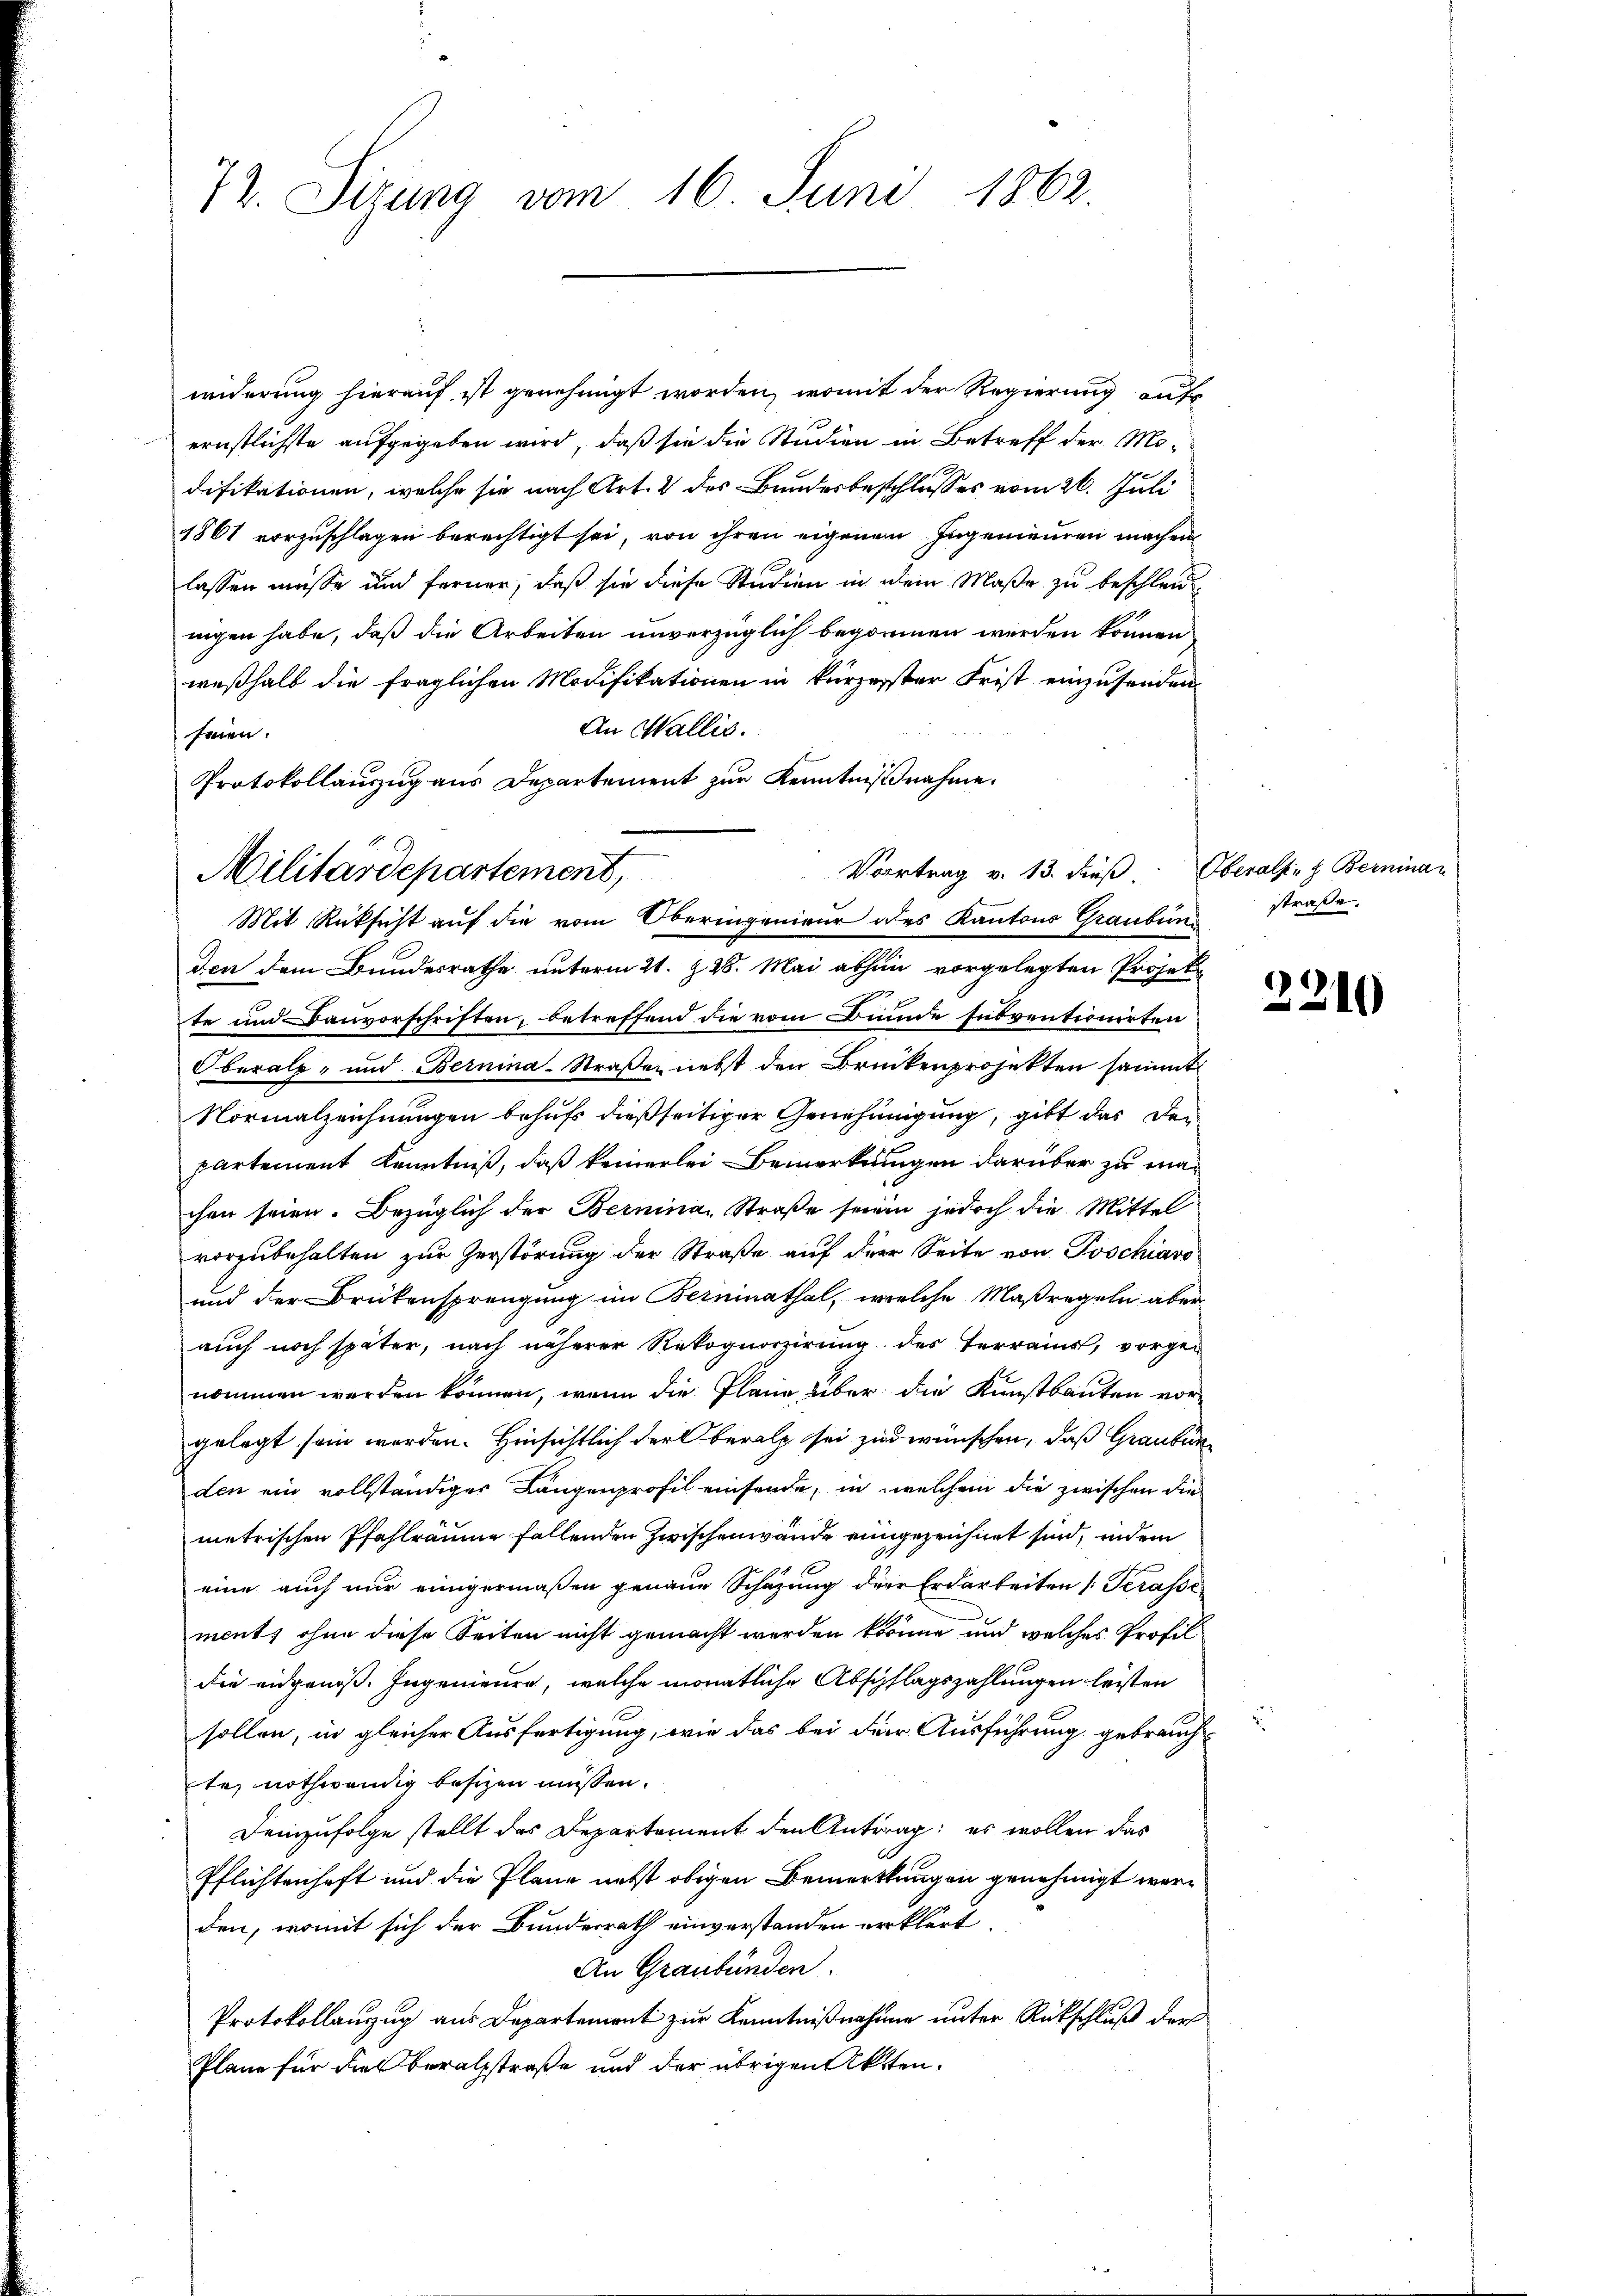
72. Sizung vom 16. Juni 1862.

widerung hierauf ist genehmigt worden, womit der Regierung aufs
ernstlichste aufgegeben wird, daß sie die Studien in Betreff der Mo-
difikationen, welche sie nach Art. 2 des Bundesbeschlusses vom 26. Juli
1861 vorzuschlagen berechtigt sei, von ihren eigenen Ingenieuren machen
lassen müsse und ferner, daß sie diese Studien in dem Maße zu beschleunigen habe, daß die Arbeiten unverzüglich begonnen werden können
weßhalb die fraglichen Modifikationen in kürzerster Frist einzusenden
An Wallis.
fren.
Protokollauszug aus Departement zur Kenntnißnahme.
den dem Bundesrathe unterm 21. §. 28. Mai abhin vorgelegten Projekte und Bauvorschriften, betreffend die vom Bunde subventionirten
Oberalp, und Bernina-Straßen nebst den Brückenprojekten sammt
Normalzeichnungen behufs dießseitiger Genehmigung, gibt das den
partement Kenntniß, daß keinerlei Bemerkungen darüber zu machen seien. Bezüglich der Bernina Straße seien jedoch die Mittel
vorzubehalten zur Zerstörung der Straße auf der Seite von Poschiavo
und der Brükensprengung im Berninathal, welche Maßregeln aber
auch noch später, nach näherer Rekognorirung des Terrains, vorgenommen werden können, wenn die Plane, über die Kunstbauten vorgelegt sein werden. Hinsichtlich der Oberath sei zur wünschen, daß Graubünden ein vollständiger Langenprofil einsende, in welchem die zwischen die
metrischen Pfahlräume fallenden Zwischenwände eingezeichnet sind, indem
eine auch nur einigermaßen genaue Schazung der Erdarbeiten /: Terasse
ments ohne diese Seiten nicht gemacht werden könne und welches Profil
die eidgenoß. Ingenieure, welche monatliche Abschlagszahlungen leisten
sollen, in gleicher Ausfertigung, wie das bei der Ausführung gebrauch
te, nothwendig besizen müssen.
demzufolge stellt das Departement den Antrag; es wollen das
Pflichtenhaft und die Pläne nebst obigen Bemerkungen genehmigt werden, womit sich der Bunderrath einverstanden erklärt.
An Graubünden.
Protokollanzug aus Departement zur Kenntnißnahmen unter Rückschluß der
Pläne für dies beralstraße und der übrigen Akten.

Militärdepartement,

Vortrag v. 13. dieß.
Mit Rücksicht auf die vom Oberingenieur des Kantons Grauben straße

Oberals. z. Berninau

2210